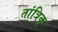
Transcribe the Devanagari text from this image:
तांत्रिक्